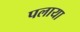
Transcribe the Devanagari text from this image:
पलाया